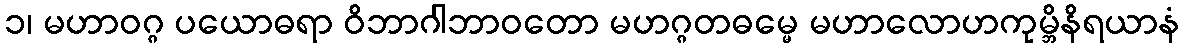
၁၊ မဟာဝဂ္ဂ ပယောဓရာ ဝိဘာဂါဘာဝတော မဟဂ္ဂတဓမ္မေ မဟာလောဟကုမ္ဘိနိရယာနံ